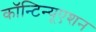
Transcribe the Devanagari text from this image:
कॉन्‍टिन्‍यूएशन